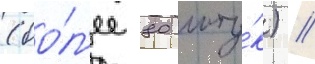
(бо́л'ее 80 шту́к) //